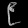
Digit: ၉